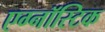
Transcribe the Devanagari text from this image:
एग्नॉस्टिक